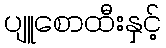
ပျူစောထီးနှင့်